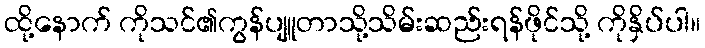
ထို့နောက် ကိုသင်၏ကွန်ပျူတာသို့သိမ်းဆည်းရန်ဖိုင်သို့ ကိုနှိပ်ပါ။